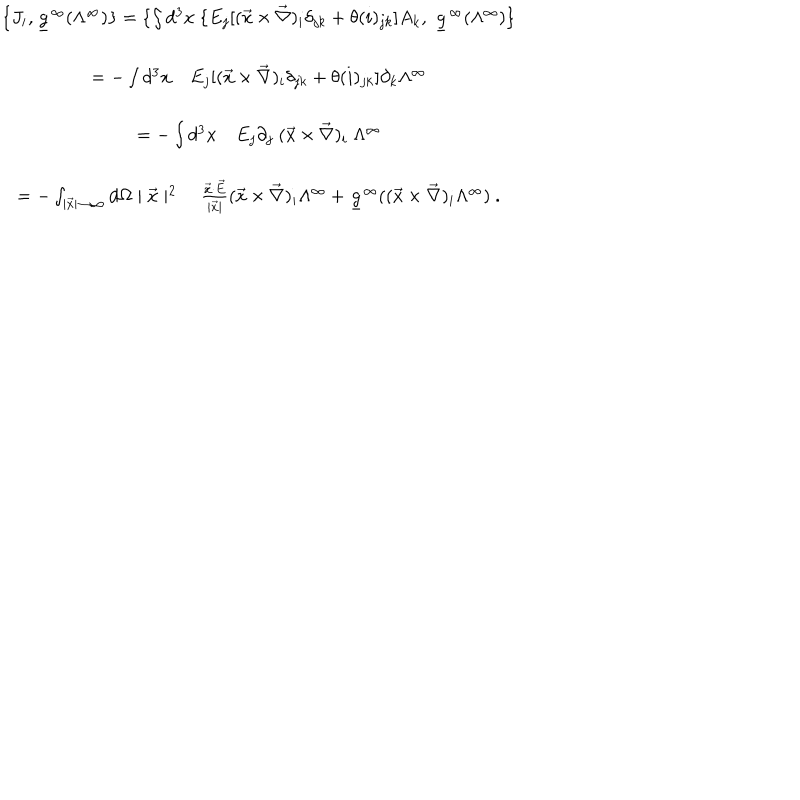
\begin{array} { c } { { \{ J _ { i } , \underline { { { g } } } ^ { \infty } ( \Lambda ^ { \infty } ) \} = \{ \int d ^ { 3 } x \ \{ E _ { j } [ ( \vec { x } \times \vec { \nabla } ) _ { i } \delta _ { j k } + \theta ( i ) _ { j k } ] A _ { k } , \ \underline { { { g } } } ^ { \infty } ( \Lambda ^ { \infty } ) \} } } \\ { { = - \int d ^ { 3 } x \quad E _ { j } [ ( \vec { x } \times \vec { \nabla } ) _ { i } \delta _ { j k } + \theta ( i ) _ { j k } ] \partial _ { k } \Lambda ^ { \infty } } } \\ { { = - \int d ^ { 3 } x \quad E _ { j } \partial _ { j } \ ( \vec { x } \times \vec { \nabla } ) _ { i } \ \Lambda ^ { \infty } } } \\ { { = - \int _ { \mid \vec { x } \mid \rightarrow \infty } d \Omega \mid \vec { x } \mid ^ { 2 } \quad \frac { \vec { x } \cdot \vec { E } } { \mid \vec { x } \mid } ( \vec { x } \times \vec { \nabla } ) _ { i } \Lambda ^ { \infty } + \underline { { { g } } } ^ { \infty } ( ( \vec { x } \times \vec { \nabla } ) _ { i } \Lambda ^ { \infty } ) \ . } } \\ \end{array}